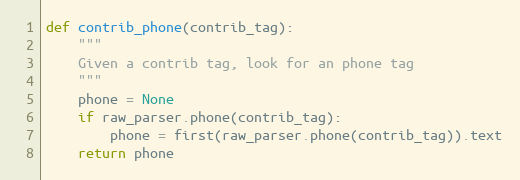
Language: Python
def contrib_phone(contrib_tag):
    """
    Given a contrib tag, look for an phone tag
    """
    phone = None
    if raw_parser.phone(contrib_tag):
        phone = first(raw_parser.phone(contrib_tag)).text
    return phone